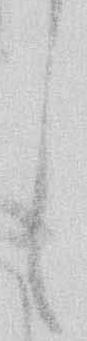
し